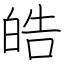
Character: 皓